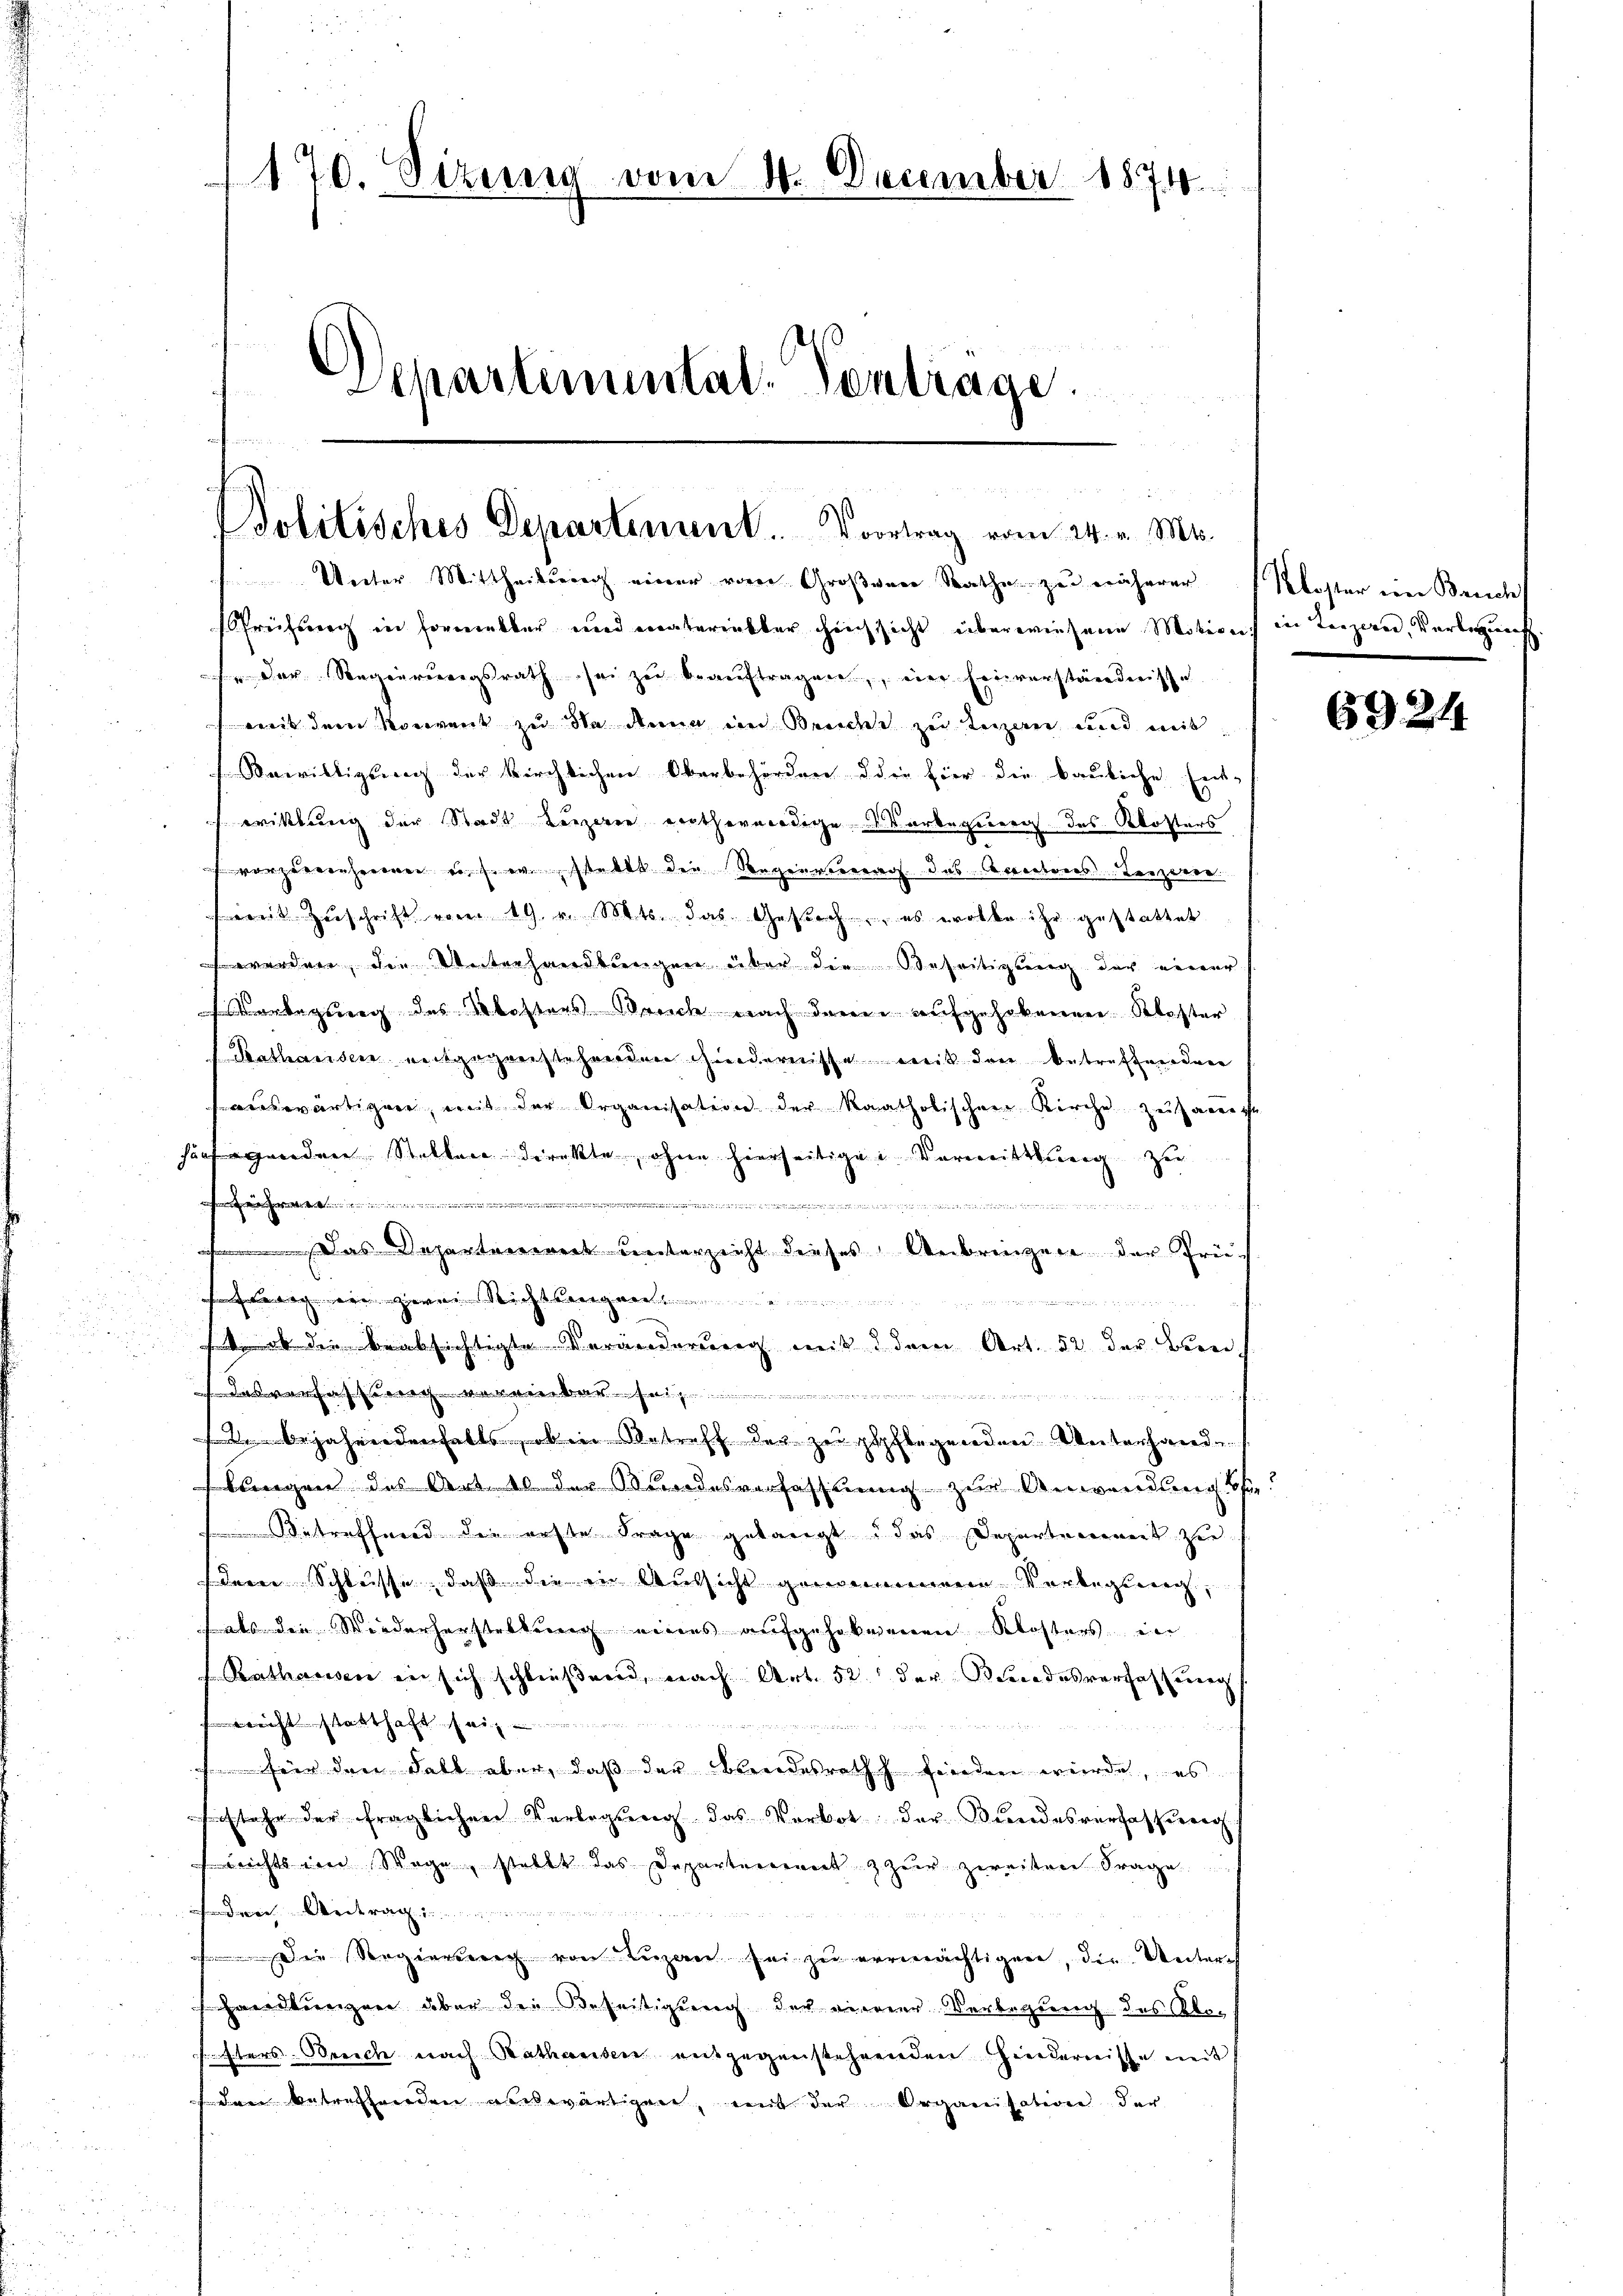
170. Sizung vom 20. December 1874
Departemental-Contrage.

Bolitisches Departement. Vortrag vom 24. v. Mts.

Unter Mittheilung einer vom Großener Rathe zu näherer Koster ein Bruch
Früssung in Formelter und materietter hinsicht überwiesene Motions in Terzerer, Vorlegung.
 Der Regierungsrath sei zu beauftragen, eine Einverständnisse
weit dem Konvent zu da dann in Brucht zu terzeren und mit
Bewilligung der kirchlichen Oberbehördere oder hier die bauliche Ent-
erittung der Stadt terzerer entheendige Markequer des Klosters
vorzeren seinen er wusstellt der Regenvertrag das Accectores Terzeren.
(mit Zuschrift vom 19. v. Mts. das Gesuch, es wolbe ihr gestattet
 werden, die Unterhandlungen über die Beseitigung der einer
Verlegung des kosters Bruch nach denen aufgehobenen Kloster
 Kathausen entgegenstehenden Hindernisse mit den betreffenendene
swärtigen, mit der Organisation der katholischen Kirche zuharreche
suntergeorden Stellen direkte, ohne hierseitige Vormittlung zu

edenen anden

Das Departaeriret unterzeicht dieses Anbringen der Frei-
g ein zwei Richtsange
st, ob die beabsichtigte Veränderung mit 3 dem Art. 52 der Berei¬
Dasverfassung vereinbar sei
bejahrendenfalls, ob in betreff der zu pflegenden Unterhand
lungen des Art. 10 der Bundesverfassung zur Anwendung be
etreffend die erste Frage gelangt das Departement zu
dere Schlüsse, daß die in Aussicht genommenen Verbeging,
(als die Wiederherstellung eines aufgehobenen Klosters in
Rathausen in sich schließend, nach Art. 52 der Bundesverfassung
Kricht statthaft sei
 für den Fall aber, daß der Brandesrath finden würde, es
festehe der fraglichen Verlegung das Vorbot der Bundesverfassung
lrichts von Wege, stellt das Departement & zur zweitere Frage
Arg.
 Der Regierung von Lugan sei zu ermächtigen, die Unterch
Handlungen aber den Beseitigung der einer Verlegung des Abor
ster Zürich nach Kathausen entgegenstehrenden Hindernisse mit
faden betreffenden erwärtigen, mit der Organisation der

5924